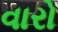
વારો